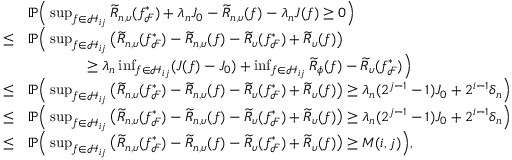
\begin{array} { r l } & { \mathbb { P } \Big ( \operatorname* { s u p } _ { f \in \mathcal { H } _ { i j } } \widetilde { R } _ { n , \upsilon } ( f _ { \mathcal { F } } ^ { * } ) + \lambda _ { n } J _ { 0 } - \widetilde { R } _ { n , \upsilon } ( f ) - \lambda _ { n } J ( f ) \geq 0 \Big ) } \\ { \leq } & { \mathbb { P } \Big ( \operatorname* { s u p } _ { f \in \mathcal { H } _ { i j } } \big ( \widetilde { R } _ { n , \upsilon } ( f _ { \mathcal { F } } ^ { * } ) - \widetilde { R } _ { n , \upsilon } ( f ) - \widetilde { R } _ { \upsilon } ( f _ { \mathcal { F } } ^ { * } ) + \widetilde { R } _ { \upsilon } ( f ) \big ) } \\ & { \qquad \qquad \geq \lambda _ { n } \operatorname* { i n f } _ { f \in \mathcal { H } _ { i j } } ( J ( f ) - J _ { 0 } ) + \operatorname* { i n f } _ { f \in \mathcal { H } _ { i j } } \widetilde { R } _ { \phi } ( f ) - \widetilde { R } _ { \upsilon } ( f _ { \mathcal { F } } ^ { * } ) \Big ) } \\ { \leq } & { \mathbb { P } \Big ( \operatorname* { s u p } _ { f \in \mathcal { H } _ { i j } } \big ( \widetilde { R } _ { n , \upsilon } ( f _ { \mathcal { F } } ^ { * } ) - \widetilde { R } _ { n , \upsilon } ( f ) - \widetilde { R } _ { \upsilon } ( f _ { \mathcal { F } } ^ { * } ) + \widetilde { R } _ { \upsilon } ( f ) \big ) \geq \lambda _ { n } ( 2 ^ { j - 1 } - 1 ) J _ { 0 } + 2 ^ { i - 1 } \delta _ { n } \Big ) } \\ { \leq } & { \mathbb { P } \Big ( \operatorname* { s u p } _ { f \in \mathcal { H } _ { i j } } \big ( \widetilde { R } _ { n , \upsilon } ( f _ { \mathcal { F } } ^ { * } ) - \widetilde { R } _ { n , \upsilon } ( f ) - \widetilde { R } _ { \upsilon } ( f _ { \mathcal { F } } ^ { * } ) + \widetilde { R } _ { \upsilon } ( f ) \big ) \geq \lambda _ { n } ( 2 ^ { j - 1 } - 1 ) J _ { 0 } + 2 ^ { i - 1 } \delta _ { n } \Big ) } \\ { \leq } & { \mathbb { P } \Big ( \operatorname* { s u p } _ { f \in \mathcal { H } _ { i j } } \big ( \widetilde { R } _ { n , \upsilon } ( f _ { \mathcal { F } } ^ { * } ) - \widetilde { R } _ { n , \upsilon } ( f ) - \widetilde { R } _ { \upsilon } ( f _ { \mathcal { F } } ^ { * } ) + \widetilde { R } _ { \upsilon } ( f ) \big ) \geq M ( i , j ) \Big ) , } \end{array}